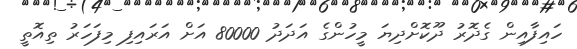
ހައިފާއިން ގެދޮރު ދޫކޮށްދިޔަ މީހުންގެ އަދަދު 80000 އަށް އަރައިފި މިފަހަރު ތިއޮތީ